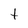
Character: t